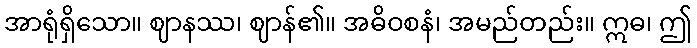
အာရုံရှိသော။ ဈာနဿ၊ ဈာန်၏။ အဓိဝစနံ၊ အမည်တည်း။ ဣဓ၊ ဤ